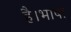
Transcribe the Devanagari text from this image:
है।भाषा